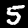
Digit: 5